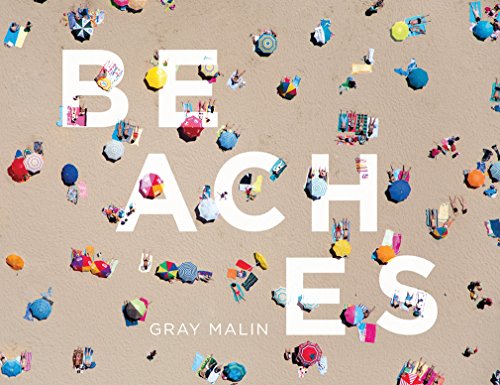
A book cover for Beaches; Gray Malin; Arts & Photography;